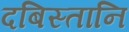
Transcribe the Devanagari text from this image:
दबिस्तानि